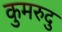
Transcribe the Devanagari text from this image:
कुमरुदु